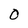
Character: O